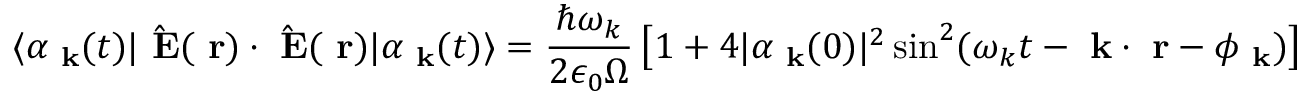
\langle \alpha _ { \mathrm { \bf ~ k } } ( t ) | \hat { \mathrm { \bf ~ E } } ( \mathrm { \bf ~ r } ) \cdot \hat { \mathrm { \bf ~ E } } ( \mathrm { \bf ~ r } ) | \alpha _ { \mathrm { \bf ~ k } } ( t ) \rangle = \frac { \hbar \omega _ { k } } { 2 \epsilon _ { 0 } \Omega } \left[ 1 + 4 | \alpha _ { \mathrm { \bf ~ k } } ( 0 ) | ^ { 2 } \sin ^ { 2 } ( \omega _ { k } t - \mathrm { \bf ~ k } \cdot \mathrm { \bf ~ r } - \phi _ { \mathrm { \bf ~ k } } ) \right]